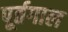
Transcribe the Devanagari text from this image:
पूर्तगाल